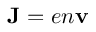
{ \mathbf { J } } = e n { \mathbf { v } }